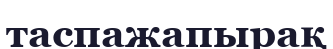
таспажапырақ